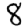
Digit: 8